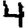
Digit: 4